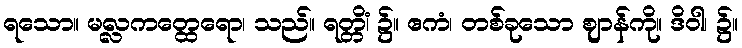
ရသော။ မလ္လကတ္ထေရော၊ သည်။ ရတ္တိံ၊ ၌။ ဧကံ၊ တစ်ခုသော ဈာန်ကို။ ဒိဝါ၊ ၌။